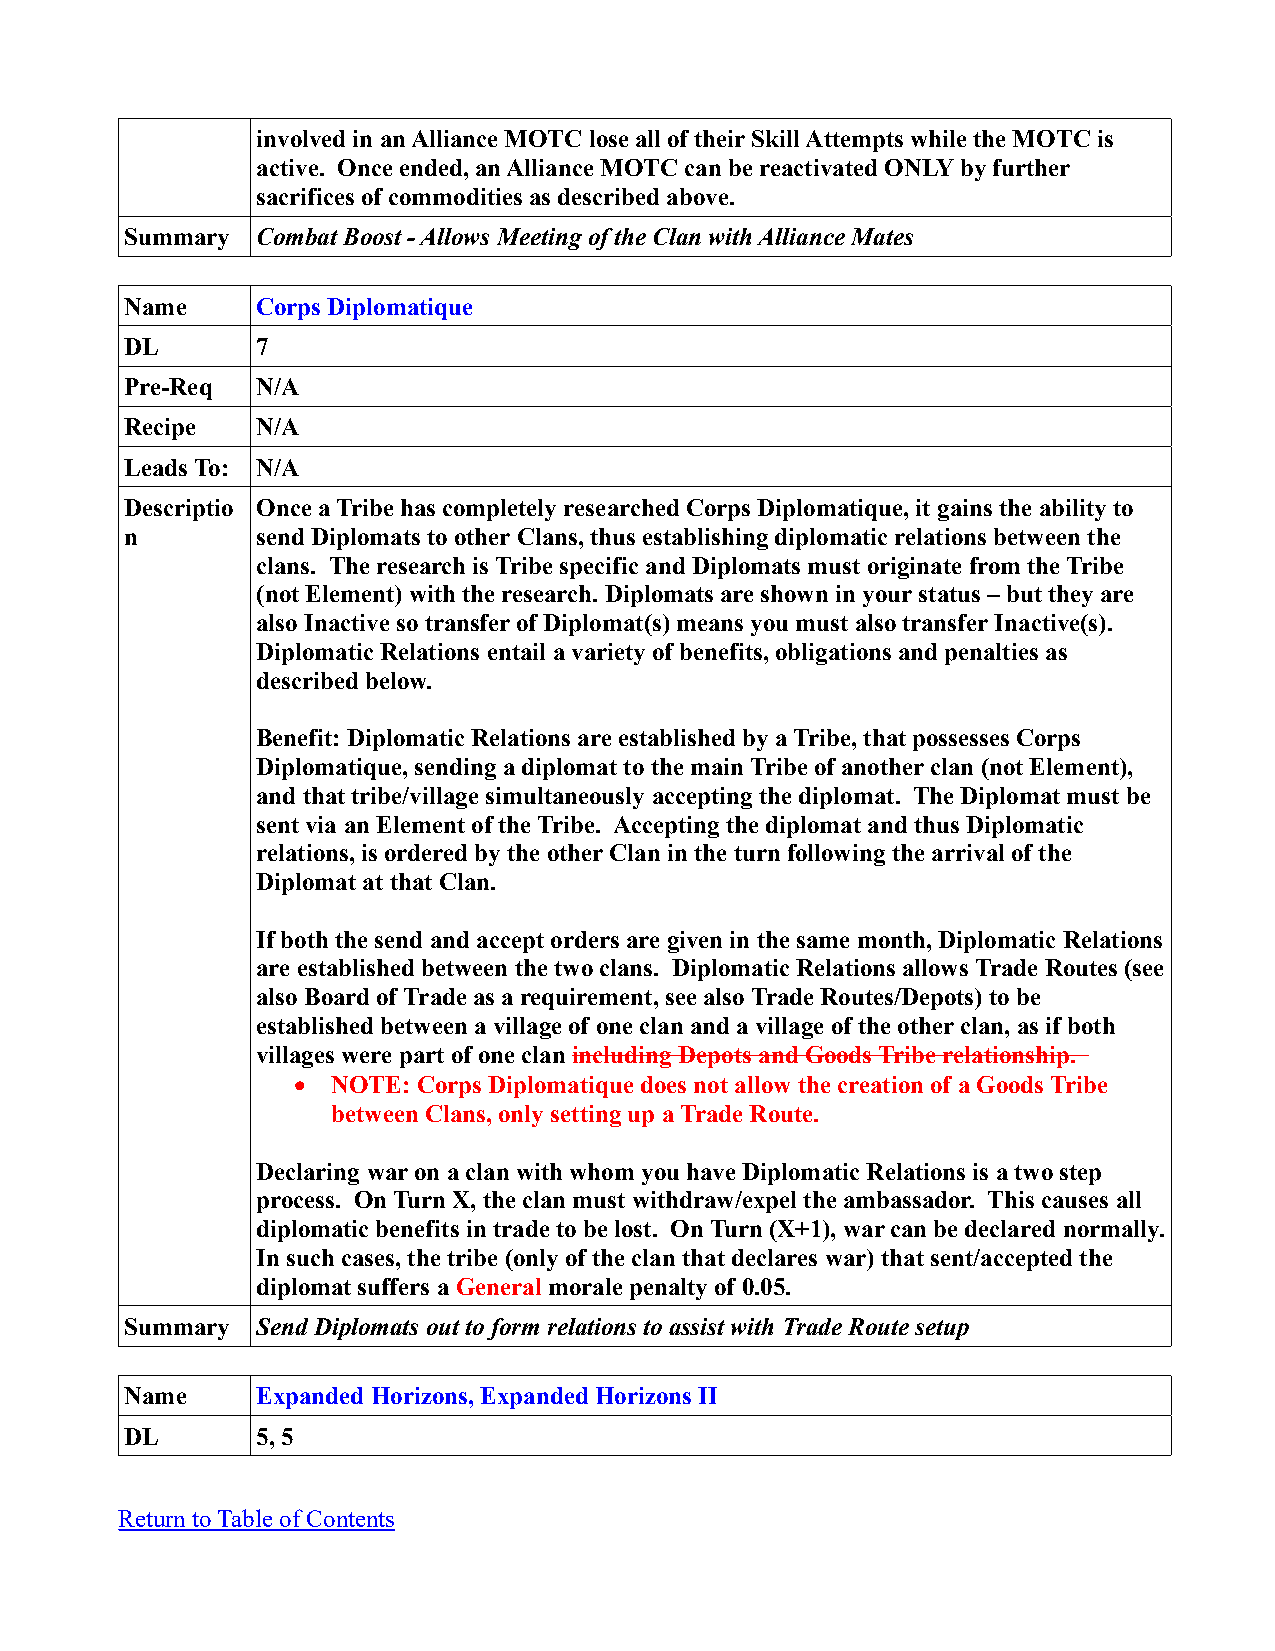
involved in an Alliance MOTC lose all of their Skill Attempts while the MOTC is
 active. Once ended, an Alliance MOTC can be reactivated ONLY by further
 sacrifices of commodities as described above.
 Summary  Combat Boost - Allows Meeting of the Clan with Alliance Mates
 Name     Corps Diplomatique
 DL       7
 Pre-Req  N/A
 Recipe   N/A
 Leads To: N/A
 Descriptio Once a Tribe has completely researched Corps Diplomatique, it gains the ability to
 n        send Diplomats to other Clans, thus establishing diplomatic relations between the
 clans. The research is Tribe specific and Diplomats must originate from the Tribe
 (not Element) with the research. Diplomats are shown in your status – but they are
 also Inactive so transfer of Diplomat(s) means you must also transfer Inactive(s).
 Diplomatic Relations entail a variety of benefits, obligations and penalties as
 described below.
 Benefit: Diplomatic Relations are established by a Tribe, that possesses Corps
 Diplomatique, sending a diplomat to the main Tribe of another clan (not Element),
 and that tribe/village simultaneously accepting the diplomat. The Diplomat must be
 sent via an Element of the Tribe. Accepting the diplomat and thus Diplomatic
 relations, is ordered by the other Clan in the turn following the arrival of the
 Diplomat at that Clan.
 If both the send and accept orders are given in the same month, Diplomatic Relations
 are established between the two clans. Diplomatic Relations allows Trade Routes (see
 also Board of Trade as a requirement, see also Trade Routes/Depots) to be
 established between a village of one clan and a village of the other clan, as if both
 villages were part of one clan including Depots and Goods Tribe relationship.
   NOTE: Corps Diplomatique does not allow the creation of a Goods Tribe
 between Clans, only setting up a Trade Route.
 Declaring war on a clan with whom you have Diplomatic Relations is a two step
 process. On Turn X, the clan must withdraw/expel the ambassador. This causes all
 diplomatic benefits in trade to be lost. On Turn (X+1), war can be declared normally.
 In such cases, the tribe (only of the clan that declares war) that sent/accepted the
 diplomat suffers a General morale penalty of 0.05.
 Summary  Send Diplomats out to form relations to assist with Trade Route setup
 Name     Expanded Horizons, Expanded Horizons II
 DL       5, 5
 Return to Table of Contents